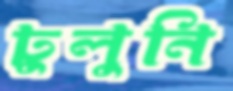
ঢুলুনি